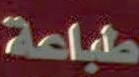
طباعة